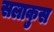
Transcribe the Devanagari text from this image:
सलाकुस